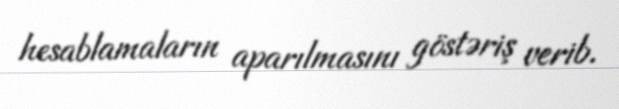
hesablamaların aparılmasını göstəriş verib.